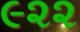
૯૨૨